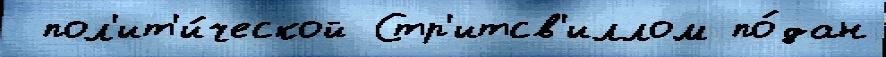
 пол'ит'и́ческой Стр'итсв'иллом по́дан